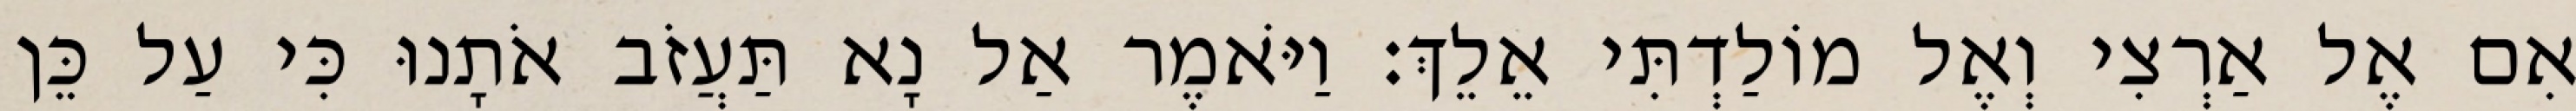
אִם אֶל אַרְצִי וְאֶל מוֹלַדְתִּי אֵלֵךְ׃ וַיֹּאמֶר אַל נָא תַּעֲזֹב אֹתָנוּ כִּי עַל כֵּן